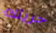
حريتك